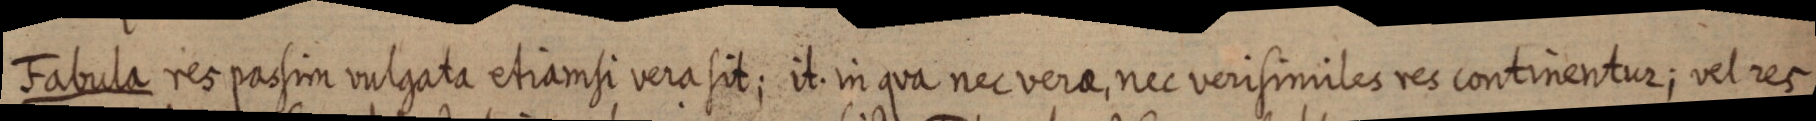
Fabula res passim vulgata etiamsi vera sit; it. in qua nec vera, nec verisimiles res continentur; vel res